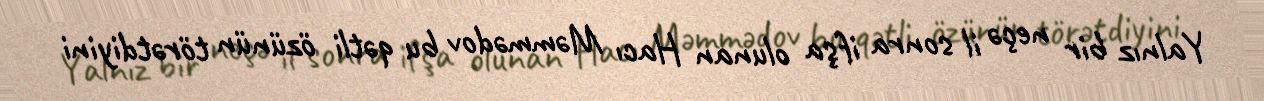
Yalnız bir neçə il sonra ifşa olunan Hacı Məmmədov bu qətli özünün törətdiyini